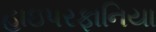
હાઇપરફાનિયા